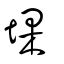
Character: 堁